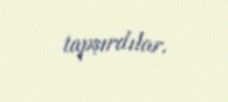
tapşırdılar.